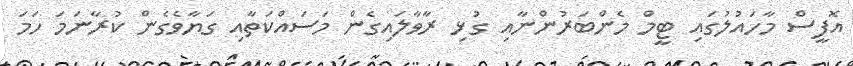
އޮފީސް މާހައުލުގައި ޓީމް މެންބަރުންނާއި ގުޅި ރާވާލައިގެން މަސައްކަތާއި ގަޔާވެގެން ކުރާނަމަ ހަމަ